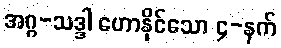
အဂ္ဂ-သဒ္ဒါ ဟောနိုင်သော ၄-နက်